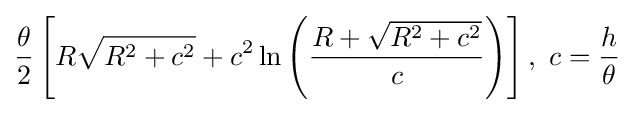
{\frac {\theta }{2}}\left[R{\sqrt {R^{2}+c^{2}}}+c^{2}\ln \left({\frac {R+{\sqrt {R^{2}+c^{2}}}}{c}}\right)\right],\ c={\frac {h}{\theta }}